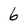
Character: 6